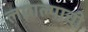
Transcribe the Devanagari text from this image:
लागल्याची